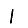
Digit: 1